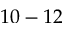
1 0 - 1 2